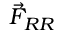
\vec { F } _ { R R }